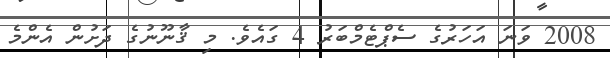
2008 ވަނަ އަހަރުގެ ސެޕްޓެމްބަރު 4 ގައެވެ. މި ޤާނޫނުގެ ދަށުން އެންމެ